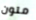
ملون